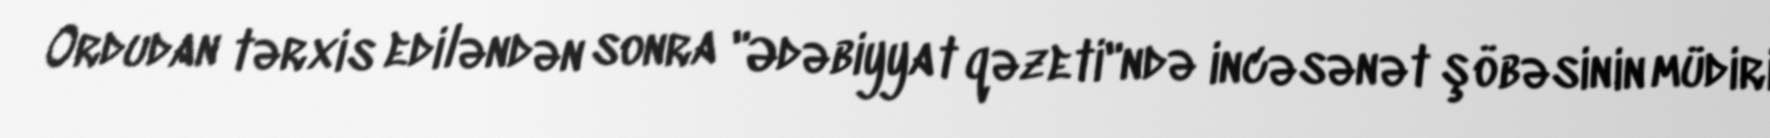
Ordudan tərxis ediləndən sonra "Ədəbiyyat qəzeti"ndə incəsənət şöbəsinin müdiri